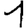
Digit: 1